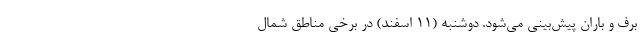
برف و باران پیش‌بینی می‌شود. دوشنبه (۱۱ اسفند) در برخی مناطق شمال